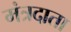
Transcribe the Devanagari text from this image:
मंत्रदाता